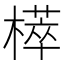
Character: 㯜